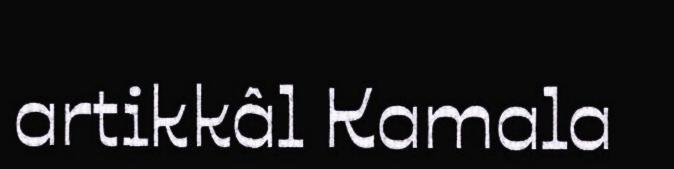
artikkâl Kamala